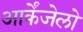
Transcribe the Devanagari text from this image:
आर्केंजेलो